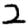
Digit: 2